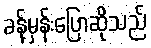
ခန့်မှန်းပြောဆိုသည်